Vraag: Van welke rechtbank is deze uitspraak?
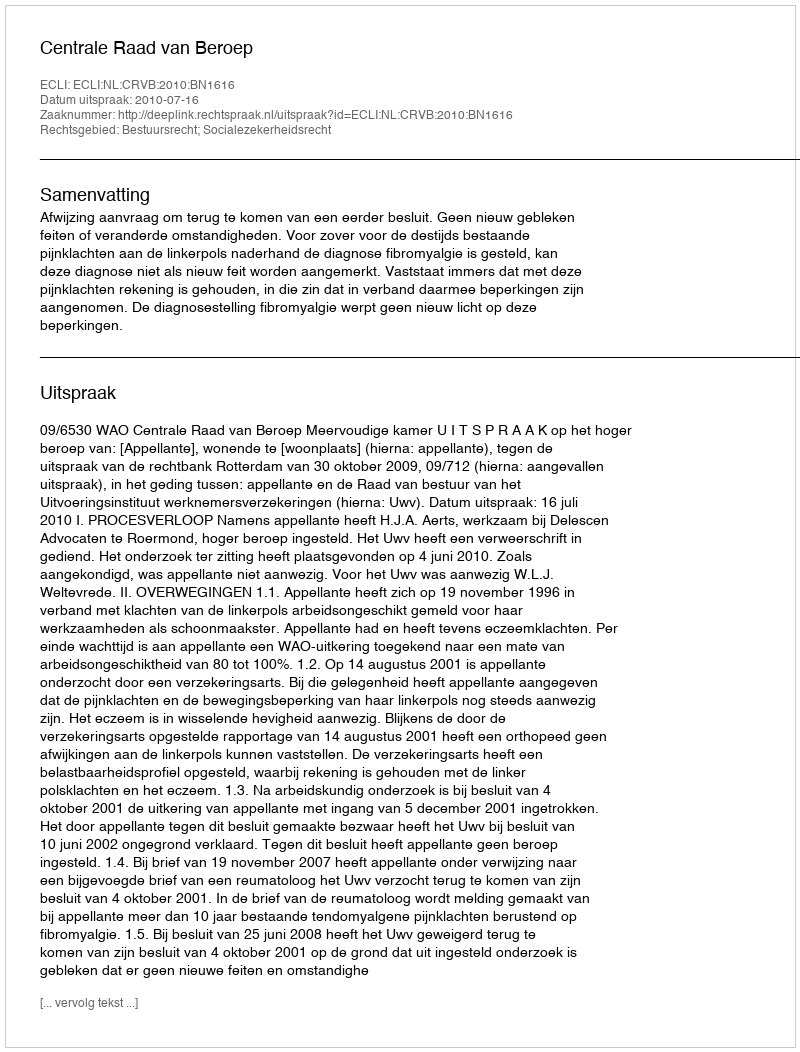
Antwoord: Centrale Raad van Beroep